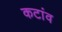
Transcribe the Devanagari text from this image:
कटांव